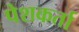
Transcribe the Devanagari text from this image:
पेशकर्ता